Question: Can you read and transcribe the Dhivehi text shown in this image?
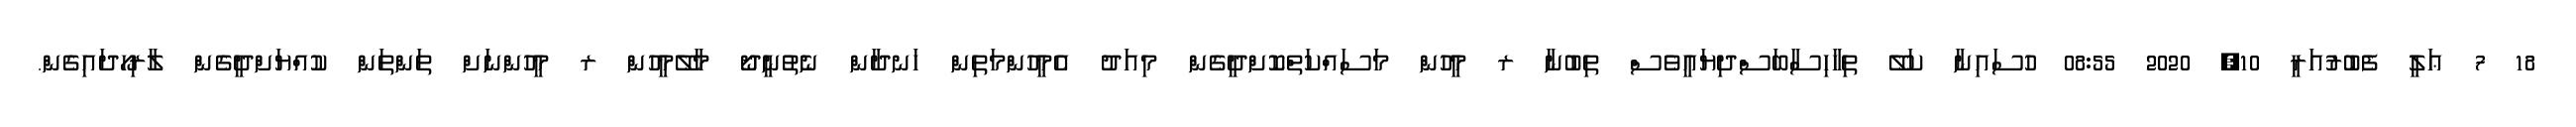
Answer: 18 7 ޢަލީ ފެބުރުއަރީ 10, 2020 08:55 ހުސައިނާ ކަލޭ ތިހާހިސާބަސްދިޔައީވެސް ތިބުނާ ރ މީހުން މަސައްކަތްކޮށްދީގެން މިއަދު އެމީހުންމަތިން ހަނދާން ނެތުނީދޯ މާލޭމީހުން ރ މީހުންނަށް ތަންތަން ކުއްޔަށްދީގެން ލާރިހޯދައިގެން.